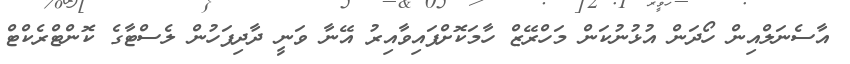
އާސެނަލްއިން ހޯދަން އުޅުނުކަން މަހްރޭޒް ހާމަކޮށްފައިވާއިރު އޭނާ ވަނީ ދާދިފަހުން ލެސްޓާގެ ކޮންޓްރެކްޓް